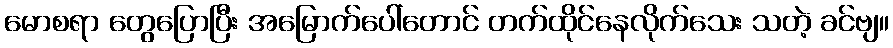
မောစရာ တွေပြောပြီး အမြောက်ပေါ်တောင် တက်ထိုင်နေလိုက်သေး သတဲ့ ခင်ဗျ။